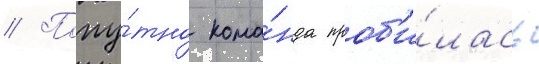
// Попу́тно кома́нда проб'и́лась